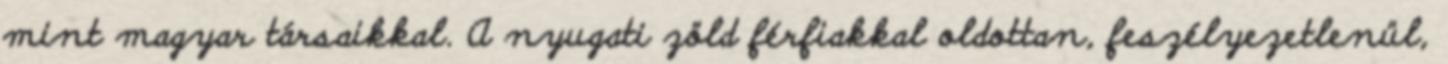
mint magyar társaikkal. A nyugati zöld férfiakkal oldottan, feszélyezetlenül,